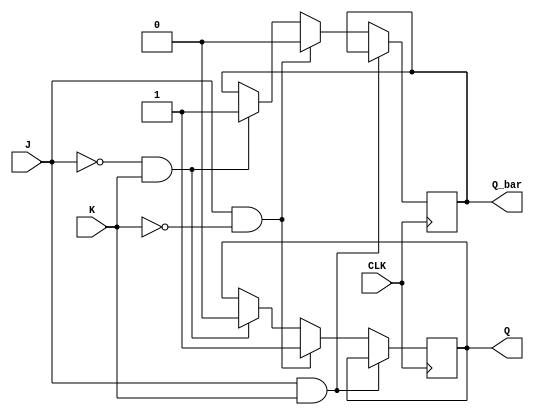
module JK_flipflop (
    input J,
    input K,
    input CLK,
    output reg Q,
    output reg Q_bar
);

always @(posedge CLK) begin
    if (J && K) begin
        Q <= Q;
        Q_bar <= Q_bar;
    end else if (J && !K) begin
        Q <= 1;
        Q_bar <= 0;
    end else if (!J && K) begin
        Q <= 0;
        Q_bar <= 1;
    end else begin // (!J && !K)
        Q <= Q;
        Q_bar <= Q_bar;
    end
end

endmodule